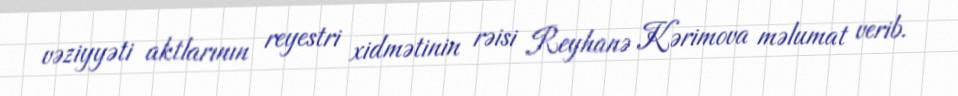
vəziyyəti aktlarının reyestri xidmətinin rəisi Reyhanə Kərimova məlumat verib.